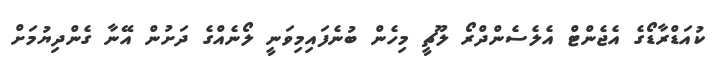
ކުއަޑްރާޑޯގެ އެޖެންޓް އެލެސެންދްރޯ ލޫޗީ މިހެން ބުނެފައިމިވަނީ ލޯނެއްގެ ދަށުން އޭނާ ގެންދިޔުމަށް